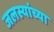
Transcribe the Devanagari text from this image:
जलस्यांच्या